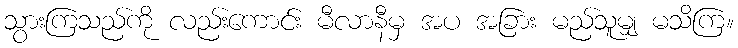
သွားကြသည်ကို လည်းကောင်း မီလာနီမှ အပ အခြား မည်သူမျှ မသိကြ။